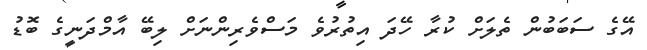
އޭގެ ސަބަބުން ތެލަށް ކުރާ ހޭދަ އިތުރުވެ މަސްވެރިންނަށް ލިބޭ އާމްދަނީގެ ބޮޑު